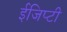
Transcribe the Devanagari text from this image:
ईजिप्टी